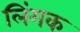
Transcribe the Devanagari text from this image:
लिंगक